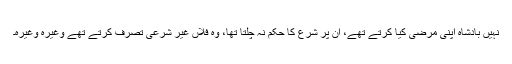
نہیں بادشاہ اپنی مرضی کیا کرتے تھے، ان پر شرع کا حکم نہ چلتا تھا، وہ فلاں غیر شرعی تصرف کرتے تھے وغیرہ وغیرہ۔